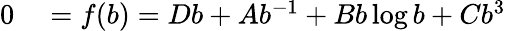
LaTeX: \begin{array}{rl}{0}&{{}=f(b)=Db+Ab^{-1}+Bb\log b+Cb^{3}}\end{array}